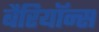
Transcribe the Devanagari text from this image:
बैरियॉन्स